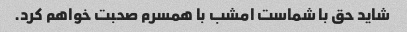
شاید حق با شماست امشب با همسرم صحبت خواهم کرد.